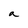
Character: a